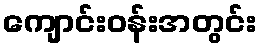
ကျောင်းဝန်းအတွင်း